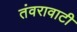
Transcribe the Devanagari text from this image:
तंवरावाटी